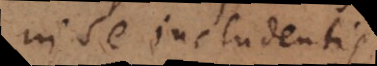
in se includentis